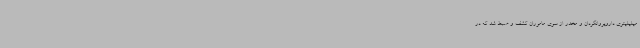
میلیلیتری دارویروانگردان و مخدر از سوی ماموران کشف و ضبط شد که در